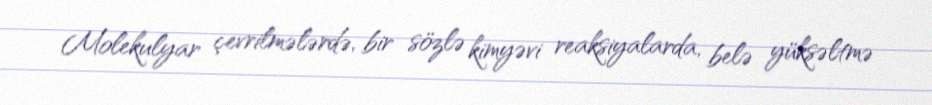
Molekulyar çevrilmələrdə, bir sözlə kimyəvi reaksiyalarda, belə yüksəltmə